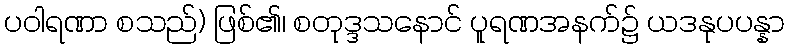
ပဝါရဏာ စသည်) ဖြစ်၏၊ စတုဒ္ဒသနောင် ပူရဏအနက်၌ ယဒနုပပန္နာ